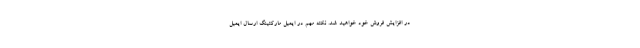
در افزایش فروش خود خواهید شد. نکته مهم در ایمیل مارکتینگ ارسال ایمیل